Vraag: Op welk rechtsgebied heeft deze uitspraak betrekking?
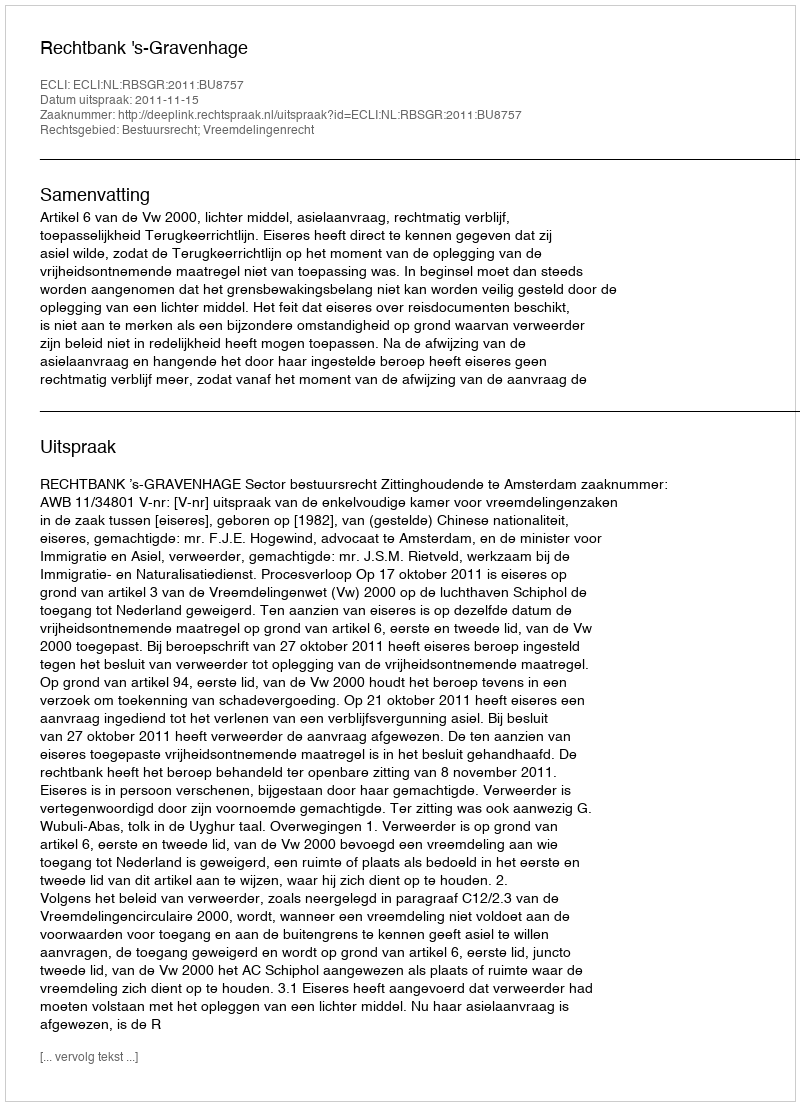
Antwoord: Bestuursrecht; Vreemdelingenrecht